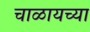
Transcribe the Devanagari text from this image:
चाळायच्या